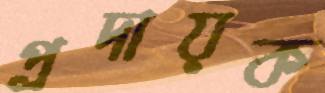
প্রদায়ক